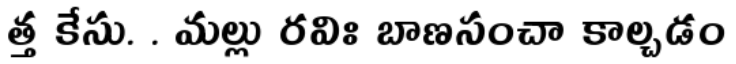
త్త కేసు. . మల్లు రవిః బాణసంచా కాల్చడం